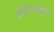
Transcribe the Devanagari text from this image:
इंद्रियसंवेदना